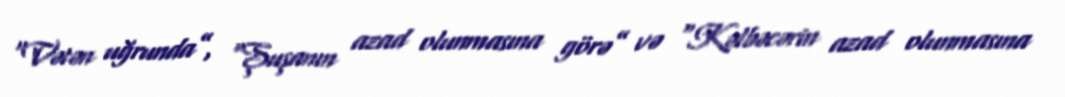
“Vətən uğrunda”, “Şuşanın azad olunmasına görə” və “Kəlbəcərin azad olunmasına